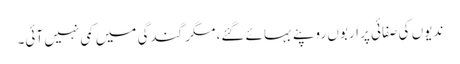
ندیوں کی صفائی پر اربوں روپئے بہائے گئے، مگر گندگی میں کمی نہیں آئی۔